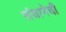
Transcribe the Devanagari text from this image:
संघानेची